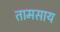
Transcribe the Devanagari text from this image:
तामसाय